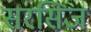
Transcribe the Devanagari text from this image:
सरसिज